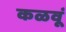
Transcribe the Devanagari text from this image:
कळवूं